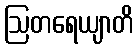
ဩတရေယျာတိ